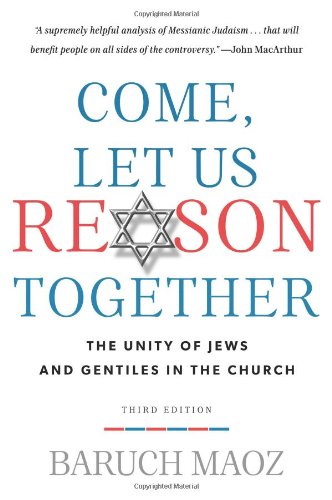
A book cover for Come, Let Us Reason Together: The Unity of Jews and Gentiles in the Church; Baruch Maoz; Christian Books & Bibles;